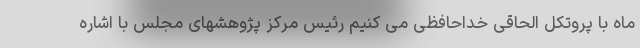
ماه با پروتکل الحاقی خداحافظی می کنیم رئیس مرکز پژوهشهای مجلس با اشاره